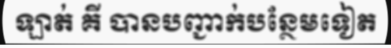
ឡាត់ គី បានបញ្ជាក់បន្ថែមទៀត